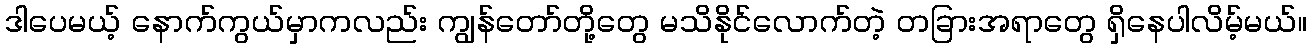
ဒါပေမယ့် နောက်ကွယ်မှာကလည်း ကျွန်တော်တို့တွေ မသိနိုင်လောက်တဲ့ တခြားအရာတွေ ရှိနေပါလိမ့်မယ်။